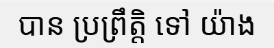
បាន ប្រព្រឹត្តិ ទៅ យ៉ាង